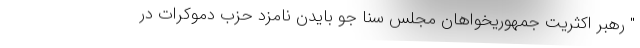
" رهبر اکثریت جمهوریخواهان مجلس سنا جو بایدن نامزد حزب دموکرات در